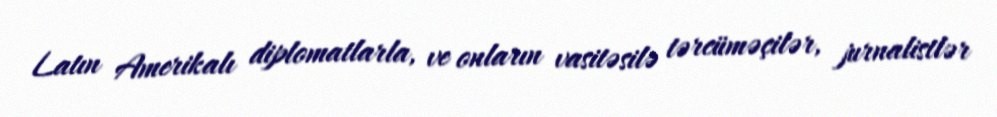
Latın Amerikalı diplomatlarla, ve onların vasitəsilə tərcüməçilər, jurnalistlər